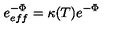
e _ { e f f } ^ { - \Phi } = \kappa ( T ) e ^ { - \Phi }